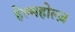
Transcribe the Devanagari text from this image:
हेल्महोल्ज़